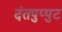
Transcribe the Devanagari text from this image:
दंतपुप्पुट